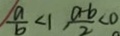
\frac { a } { b } < 1 , \frac { a - b } { 2 } < 0